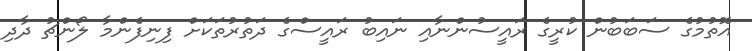
އޮތުމުގެ ސަބަބުން ކުރީގެ ރައީސުންނާއި ނައިބު ރައީސްގެ ދަތުރުތަކަށް ފިނިފެންމާ ލޯންޗު ދާދި